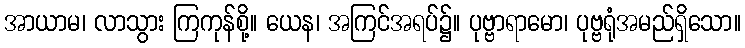
အာယာမ၊ လာသွား ကြကုန်စို့။ ယေန၊ အကြင်အရပ်၌။ ပုဗ္ဗာရာမော၊ ပုဗ္ဗရုံအမည်ရှိသော။